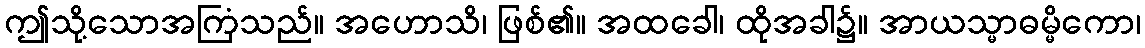
ဤသို့သောအကြံသည်။ အဟောသိ၊ ဖြစ်၏။ အထခေါ၊ ထိုအခါ၌။ အာယသ္မာဓမ္မိကော၊